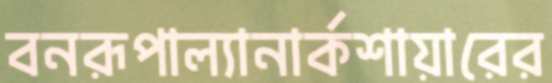
বনরূপাল্যানার্কশায়ারের